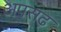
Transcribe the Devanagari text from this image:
अपसढ़